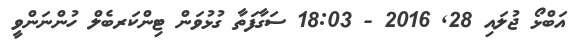
އަބްޅޯ ޖުލައި 28